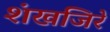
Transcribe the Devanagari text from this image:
शंखजिरे